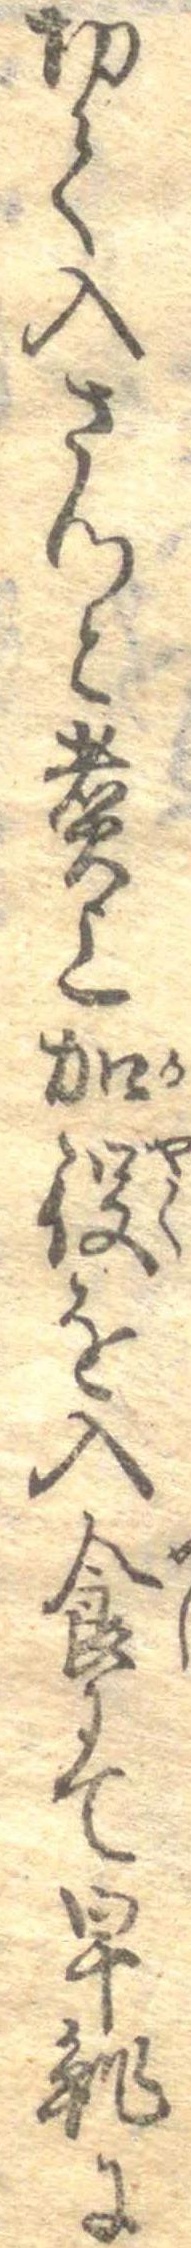
切て入さつと煮上加役を入食にて早鮓に